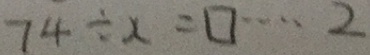
7 4 \div x = \square \cdots 2